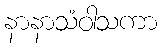
နာနာသံဝါသကာ